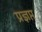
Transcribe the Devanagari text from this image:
प्रज्ञप्त